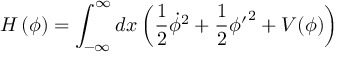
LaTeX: H \left( \phi \right) = \int _ { - \infty } ^ { \infty } d x \left( \frac { 1 } { 2 } \dot { \phi } ^ { 2 } + \frac { 1 } { 2 } { \phi ^ { \prime } } ^ { 2 } + V ( \phi ) \right)